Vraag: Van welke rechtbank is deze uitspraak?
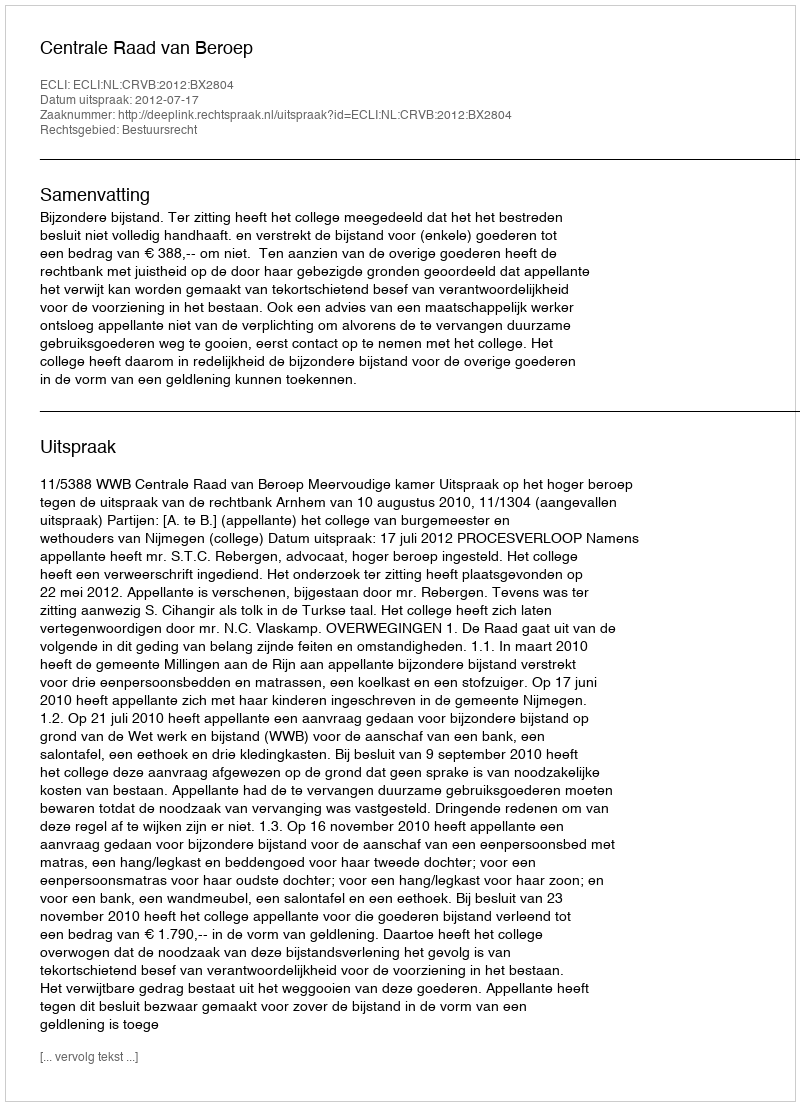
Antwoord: Centrale Raad van Beroep